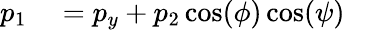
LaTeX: \begin{array}{rlr}{p_{1}}&{{}=p_{y}+p_{2}\cos(\phi)\cos(\psi)}&{}\end{array}